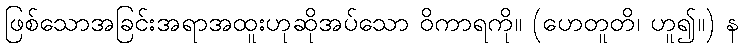
ဖြစ်သောအခြင်းအရာအထူးဟုဆိုအပ်သော ဝိကာရကို။ (ဟေတူတိ၊ ဟူ၍။) န